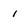
Character: 1